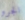
الجرو